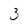
Character: 3